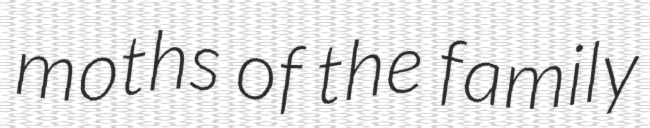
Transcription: moths of the family